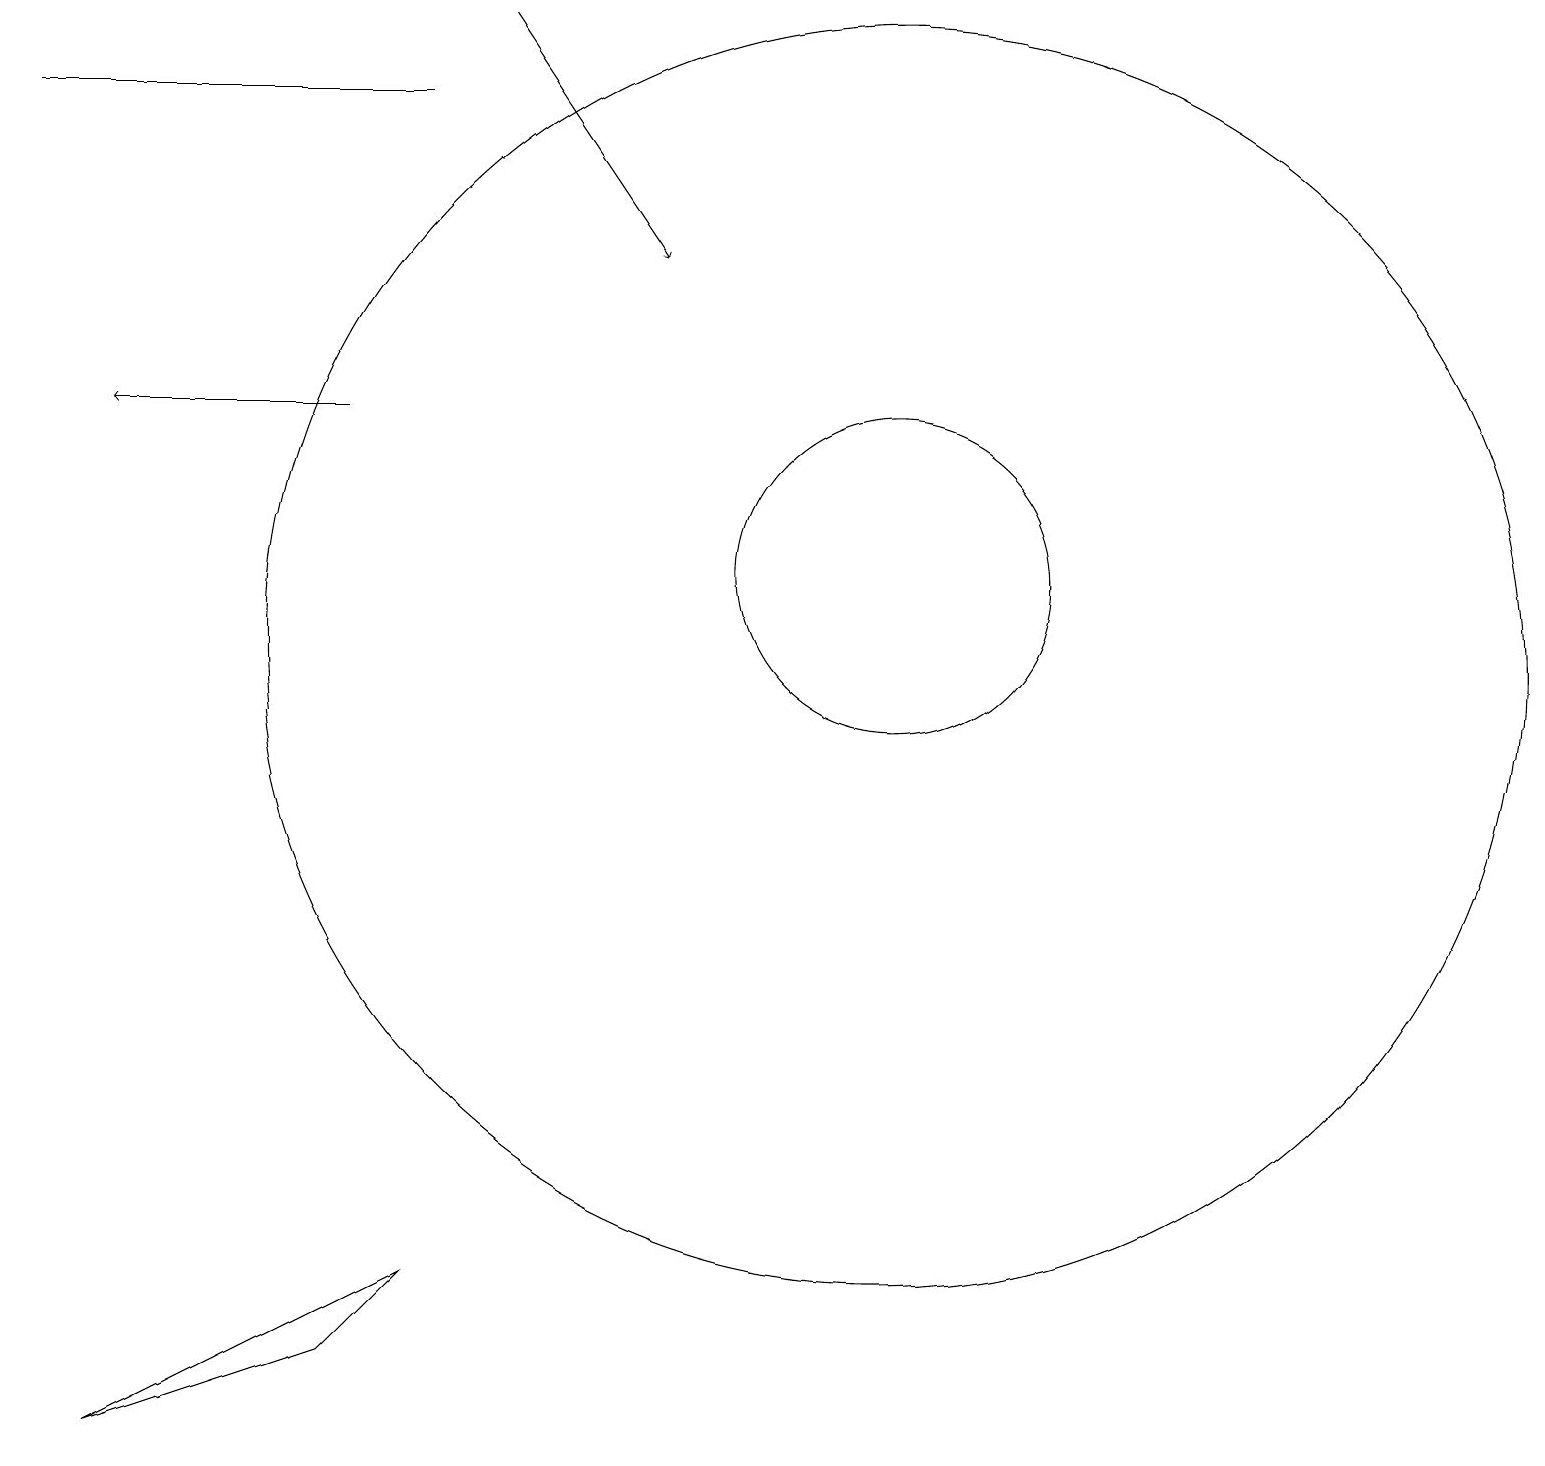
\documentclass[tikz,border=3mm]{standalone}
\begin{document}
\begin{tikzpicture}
\draw[->] (6,18) -- (8,15);
\draw (11,10) circle (8);
\draw[->] (4,13) -- (1,13);
\draw (5,17) rectangle (0,17);
\draw (11,11) circle (2);
\draw (1,0) -- (4,1) -- (5,2) -- cycle;
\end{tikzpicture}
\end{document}